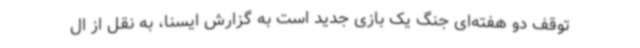
توقف دو هفته‌ای جنگ یک بازی جدید است به گزارش ایسنا، به نقل از ال